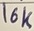
Text: 10K